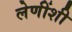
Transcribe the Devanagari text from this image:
लेणींशी